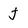
Character: J